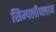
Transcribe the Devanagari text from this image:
सिम्पलीफ्लाय